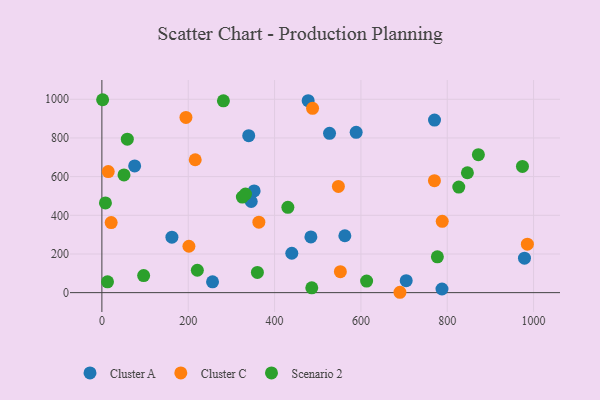
{"axis": {"x": "Price", "y": "Fuel Efficiency"}, "legend": ["Cluster A", "Cluster C", "Scenario 2"], "data": [{"x": "562.8", "y": 294.2, "type": "Cluster A"}, {"x": "589.0", "y": 829.0, "type": "Cluster A"}, {"x": "256.3", "y": 55.8, "type": "Cluster A"}, {"x": "340.1", "y": 812.0, "type": "Cluster A"}, {"x": "484.1", "y": 288.1, "type": "Cluster A"}, {"x": "787.8", "y": 18.8, "type": "Cluster A"}, {"x": "162.2", "y": 286.7, "type": "Cluster A"}, {"x": "527.3", "y": 824.1, "type": "Cluster A"}, {"x": "770.5", "y": 892.5, "type": "Cluster A"}, {"x": "352.7", "y": 526.1, "type": "Cluster A"}, {"x": "75.9", "y": 655.2, "type": "Cluster A"}, {"x": "477.8", "y": 992.8, "type": "Cluster A"}, {"x": "439.9", "y": 203.8, "type": "Cluster A"}, {"x": "345.9", "y": 471.3, "type": "Cluster A"}, {"x": "978.9", "y": 178.0, "type": "Cluster A"}, {"x": "704.9", "y": 61.9, "type": "Cluster A"}, {"x": "770.3", "y": 579.3, "type": "Cluster C"}, {"x": "21.5", "y": 362.3, "type": "Cluster C"}, {"x": "985.6", "y": 250.7, "type": "Cluster C"}, {"x": "547.8", "y": 549.1, "type": "Cluster C"}, {"x": "788.4", "y": 368.6, "type": "Cluster C"}, {"x": "552.4", "y": 108.4, "type": "Cluster C"}, {"x": "488.0", "y": 953.0, "type": "Cluster C"}, {"x": "690.4", "y": 1.9, "type": "Cluster C"}, {"x": "14.7", "y": 626.1, "type": "Cluster C"}, {"x": "363.6", "y": 364.3, "type": "Cluster C"}, {"x": "201.6", "y": 239.9, "type": "Cluster C"}, {"x": "216.2", "y": 687.4, "type": "Cluster C"}, {"x": "194.7", "y": 906.1, "type": "Cluster C"}, {"x": "826.7", "y": 546.1, "type": "Scenario 2"}, {"x": "1.7", "y": 997.7, "type": "Scenario 2"}, {"x": "974.2", "y": 652.7, "type": "Scenario 2"}, {"x": "8.2", "y": 463.9, "type": "Scenario 2"}, {"x": "58.9", "y": 793.9, "type": "Scenario 2"}, {"x": "13.0", "y": 56.1, "type": "Scenario 2"}, {"x": "360.2", "y": 104.4, "type": "Scenario 2"}, {"x": "96.7", "y": 88.1, "type": "Scenario 2"}, {"x": "325.4", "y": 494.0, "type": "Scenario 2"}, {"x": "221.1", "y": 115.8, "type": "Scenario 2"}, {"x": "846.7", "y": 620.1, "type": "Scenario 2"}, {"x": "51.2", "y": 609.0, "type": "Scenario 2"}, {"x": "777.1", "y": 185.1, "type": "Scenario 2"}, {"x": "332.6", "y": 509.8, "type": "Scenario 2"}, {"x": "430.8", "y": 441.1, "type": "Scenario 2"}, {"x": "486.2", "y": 24.7, "type": "Scenario 2"}, {"x": "872.1", "y": 713.3, "type": "Scenario 2"}, {"x": "281.5", "y": 991.9, "type": "Scenario 2"}, {"x": "613.2", "y": 60.0, "type": "Scenario 2"}]}